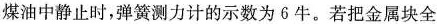
煤油中静止时，弹簧测力计的示数为6牛。若把金属块全